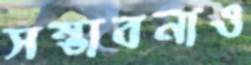
সম্ভাবনাও